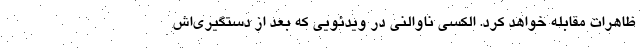
ظاهرات مقابله خواهد کرد. الکسی ناوالنی در ویدئویی که بعد از دستگیری‌اش